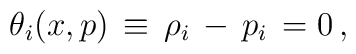
\theta_i (x,p)\, \equiv \, \rho_i \, - \, p_i \,=0 \,,